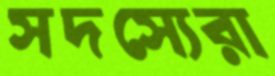
সদস্যেরা